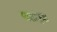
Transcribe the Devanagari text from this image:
पाशांकुश